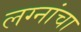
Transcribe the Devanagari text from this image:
लग्नांचा